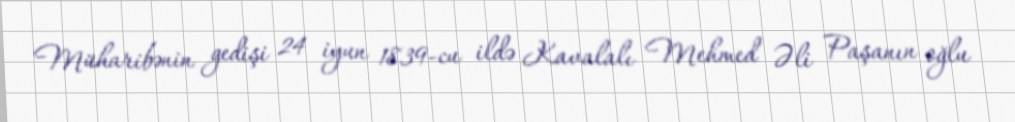
Müharibənin gedişi 24 iyun 1839-cu ildə Kavalalı Mehmed Əli Paşanın oğlu